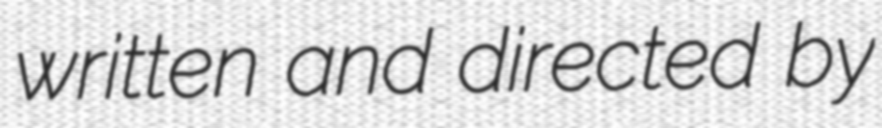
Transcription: written and directed by